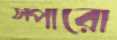
স্পারো